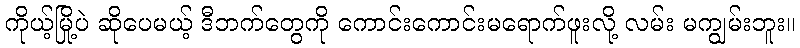
ကိုယ့်မြို့ပဲ ဆိုပေမယ့် ဒီဘက်တွေကို ကောင်းကောင်းမရောက်ဖူးလို့ လမ်း မကျွမ်းဘူး။